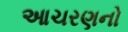
આચરણનો